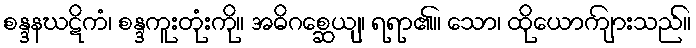
စန္ဒနဃဋိကံ၊ စန္ဒကူးတုံးကို။ အဓိဂစ္ဆေယျ၊ ရရာ၏။ သော၊ ထိုယောကျ်ားသည်။